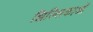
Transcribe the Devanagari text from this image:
झिल्लिकाओं